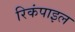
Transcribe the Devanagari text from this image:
रिकंपाइल